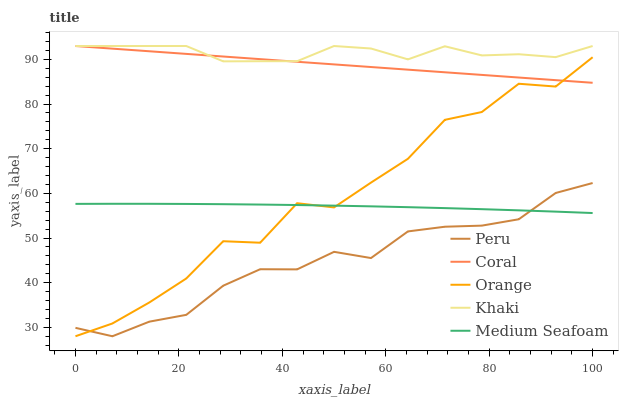
| xaxis_label | Peru | Coral | Orange | Khaki | Medium Seafoam |
 | --- | --- | --- | --- | --- | --- |
 | 0 | 29.9 | 93 | 28 | 93 | 57.6 |
 | 7.14 | 28 | 92.4 | 30.9 | 93 | 57.7 |
 | 14.3 | 31.3 | 91.8 | 35.6 | 93 | 57.7 |
 | 21.4 | 32.8 | 91.2 | 40.9 | 93 | 57.6 |
 | 28.6 | 39.3 | 90.6 | 49.3 | 89.6 | 57.6 |
 | 35.7 | 43 | 90.1 | 48.9 | 89.6 | 57.5 |
 | 42.9 | 43 | 89.5 | 57.8 | 89.6 | 57.4 |
 | 50 | 46.9 | 88.9 | 56.9 | 93 | 57.3 |
 | 57.1 | 45.5 | 88.3 | 62.4 | 92.4 | 57.1 |
 | 64.3 | 51.5 | 87.7 | 67.7 | 90 | 56.9 |
 | 71.4 | 52.5 | 87.1 | 76.5 | 92.9 | 56.7 |
 | 78.6 | 52.8 | 86.5 | 78.2 | 90.9 | 56.5 |
 | 85.7 | 54.2 | 85.9 | 84.5 | 91.2 | 56.2 |
 | 92.9 | 60.1 | 85.4 | 83.9 | 90.5 | 55.9 |
 | 100 | 62.3 | 84.8 | 90.5 | 93 | 55.6 |